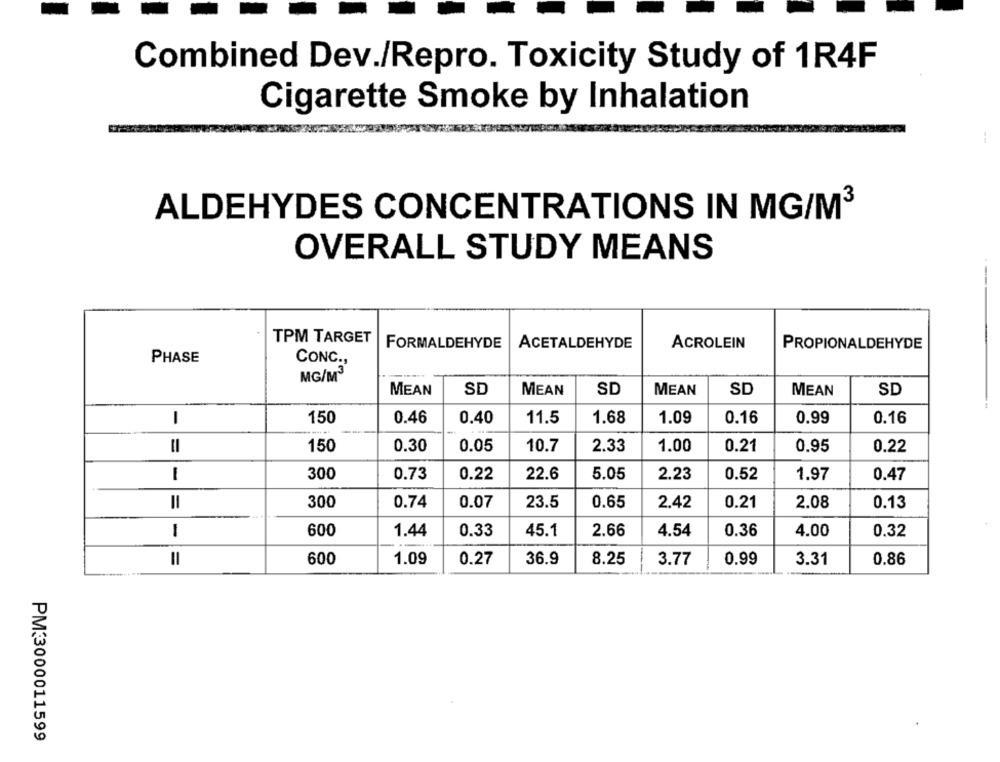
Combined Dev./Repro. Toxicity Study of 1R4F
Cigarette Smoke by Inhalation
ALDEHYDES CONCENTRATIONS IN MG/M3
OVERALL STUDY MEANS
TPM TARGET
FORMALDEHYDE
ACETALDEHYDE
ACROLEIN
PROPIONALDEHYDE
PHASE
CONC .,
MG/M3
MEAN
SD
MEAN
SD
MEAN
SD
MEAN
SD
-
150
0.46
11.5
1.68
1.09
0.16
0.99
0.16
0.40
=
150
0.30
0.05
10.7
2.33
1.00
0.21
0.95
0.22
1
300
0.73
0.22
22.6
5.05
2.23
0.52
1.97
0.47
0.74
0.21
2.08
0.13
II
300
0.07
23.5
0.65
2.42
1
600
1.44
0.33
45.1
2.66
4.54
0.36
4.00
0.32
=
600
1.09
0.27
36.9
8.25
3.77
0.99
3.31
0.86
PM:3000011599